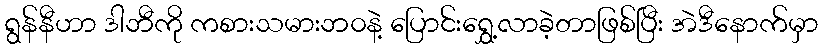
ရွန်နီဟာ ဒါဘီကို ကစားသမားဘ၀နဲ့ ပြောင်းရွှေ့လာခဲ့တာဖြစ်ပြီး အဲဒီနောက်မှာ